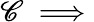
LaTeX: \mathscr{C}\implies